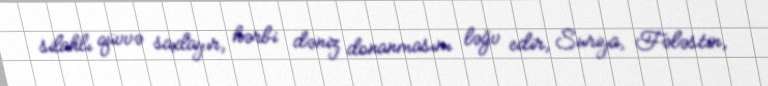
silahlı qüvvə saxlayır, hərbi dəniz donanmasını ləğv edir, Suriya, Fələstin,